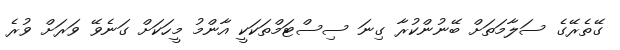
ގޭތެރޭގެ ސަލާމަތަށް ބޭނުންކުރާ ގިނަ ސިސްޓަމްތަކަކީ އާންމު މީހަކަށް ގަނެވޭ ވަރަށް ވުރެ